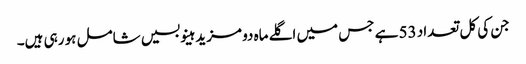
جن کی کل تعداد 53 ہے جس میں اگلے ماہ دو مزید ہینو بسیں شامل ہو رہی ہیں۔